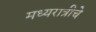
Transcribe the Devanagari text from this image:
मध्यरात्रीचे